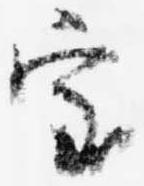
室